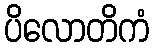
ပိလောတိကံ